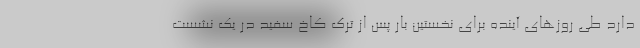
دارد طی روزهای آینده برای نخستین بار پس از ترک کاخ سفید در یک نشست